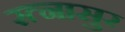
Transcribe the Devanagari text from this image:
रत्‍नासुर